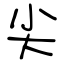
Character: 尖